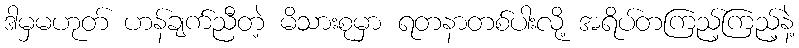
ဒါမှမဟုတ် ဟန်ချက်ညီတဲ့ မိသားစုမှာ ရတနာတစ်ပါးလို့ အရိပ်တကြည့်ကြည့်နဲ့